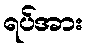
ရပ်အား